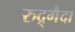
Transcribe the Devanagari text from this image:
रुद्र्गैदा